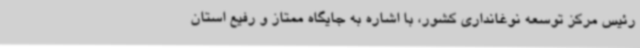
رئیس مرکز توسعه نوغانداری کشور، با اشاره به جایگاه ممتاز و رفیع استان